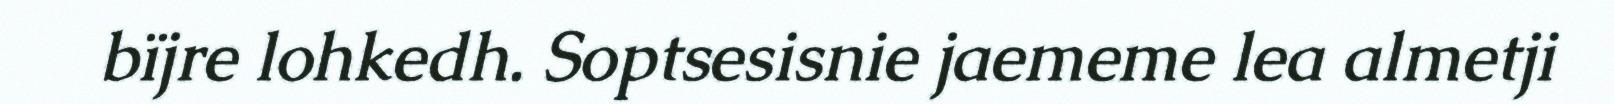
bïjre lohkedh. Soptsesisnie jaememe lea almetji